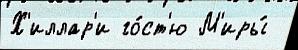
Х'иллар'и го́ст'ю М'иры́